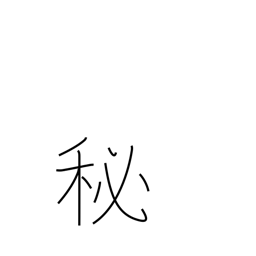
Meaning: secret